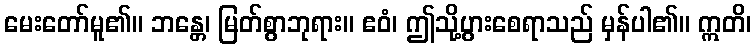
မေးတော်မူ၏။ ဘန္တေ၊ မြတ်စွာဘုရား။ ဧဝံ၊ ဤသို့ပွားစေရာသည် မှန်ပါ၏။ ဣတိ၊